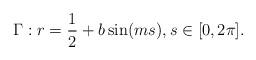
LaTeX: \begin{align*}\Gamma: r= \frac{1}{2} + b \sin (m s), s \in [0,2 \pi]. \end{align*}